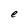
Character: e